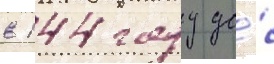
в 144 году до́